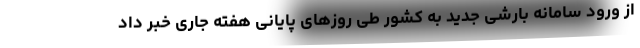
از ورود سامانه بارشی جدید به کشور طی روزهای پایانی هفته جاری خبر داد